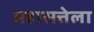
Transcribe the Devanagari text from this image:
महासत्तेला